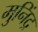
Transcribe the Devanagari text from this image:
मुनिंद्र